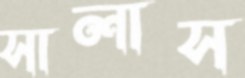
সালাস